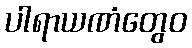
ပါရာယဏံတွေဝ